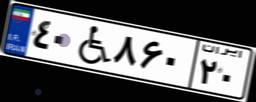
۴۰W۸۶۰۲۰